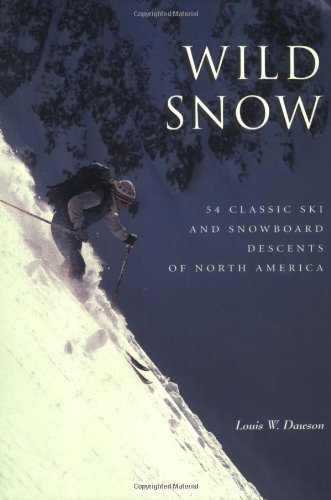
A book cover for Wild Snow: 54 Classic Ski and Snowboard Descents of North America (American Alpine Book Series); Louis W. Dawson; Sports & Outdoors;